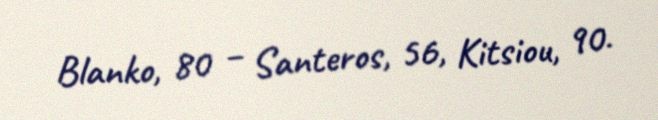
Blanko, 80 – Santeros, 56, Kitsiou, 90.